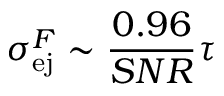
\sigma _ { \mathrm { e j } } ^ { F } \sim \frac { 0 . 9 6 } { S N R } \tau